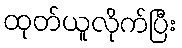
ထုတ်ယူလိုက်ပြီး